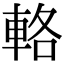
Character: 輅